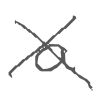
Text: a
Cross-out: cross
Writing tool: digital_gray